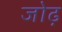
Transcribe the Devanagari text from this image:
जोढ़